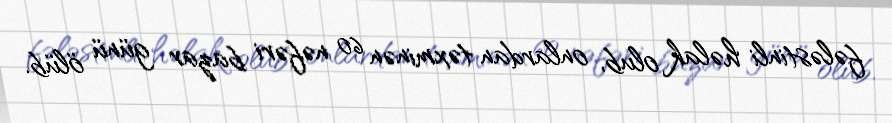
fələstinli həlak olub, onlardan təxminən 60 nəfəri bazar günü ölüb.